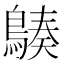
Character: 𪃆